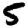
Digit: 5